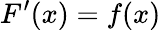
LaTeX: F^{\prime}(x)=f(x)